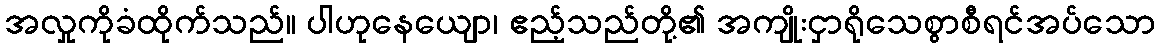
အလှုကိုခံထိုက်သည်။ ပါဟုနေယျော၊ ဧည့်သည်တို့၏ အကျိုးငှာရိုသေစွာစီရင်အပ်သော